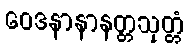
ဝေဒနာနာနတ္တသုတ္တံ